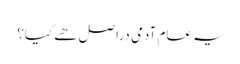
یہ عام آدمی دراصل ھے کیا؟